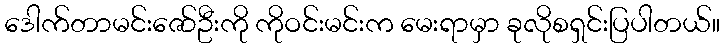
ဒေါက်တာမင်းဇော်ဦးကို ကိုဝင်းမင်းက မေးရာမှာ ခုလိုစရှင်းပြပါတယ်။